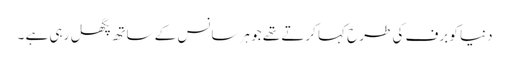
دنیا کو برف کی طرح کہا کرتے تھے جو ہر سانس کے ساتھ پگھل رہی ہے ۔